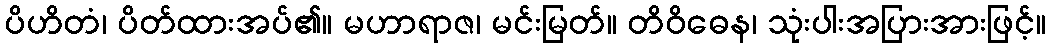
ပိဟိတံ၊ ပိတ်ထားအပ်၏။ မဟာရာဇ၊ မင်းမြတ်။ တိဝိဓေန၊ သုံးပါးအပြားအားဖြင့်။